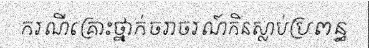
ករណីគ្រោះថ្នាក់ចរាចរណ៍កិនស្លាប់ប្រពន្ធ